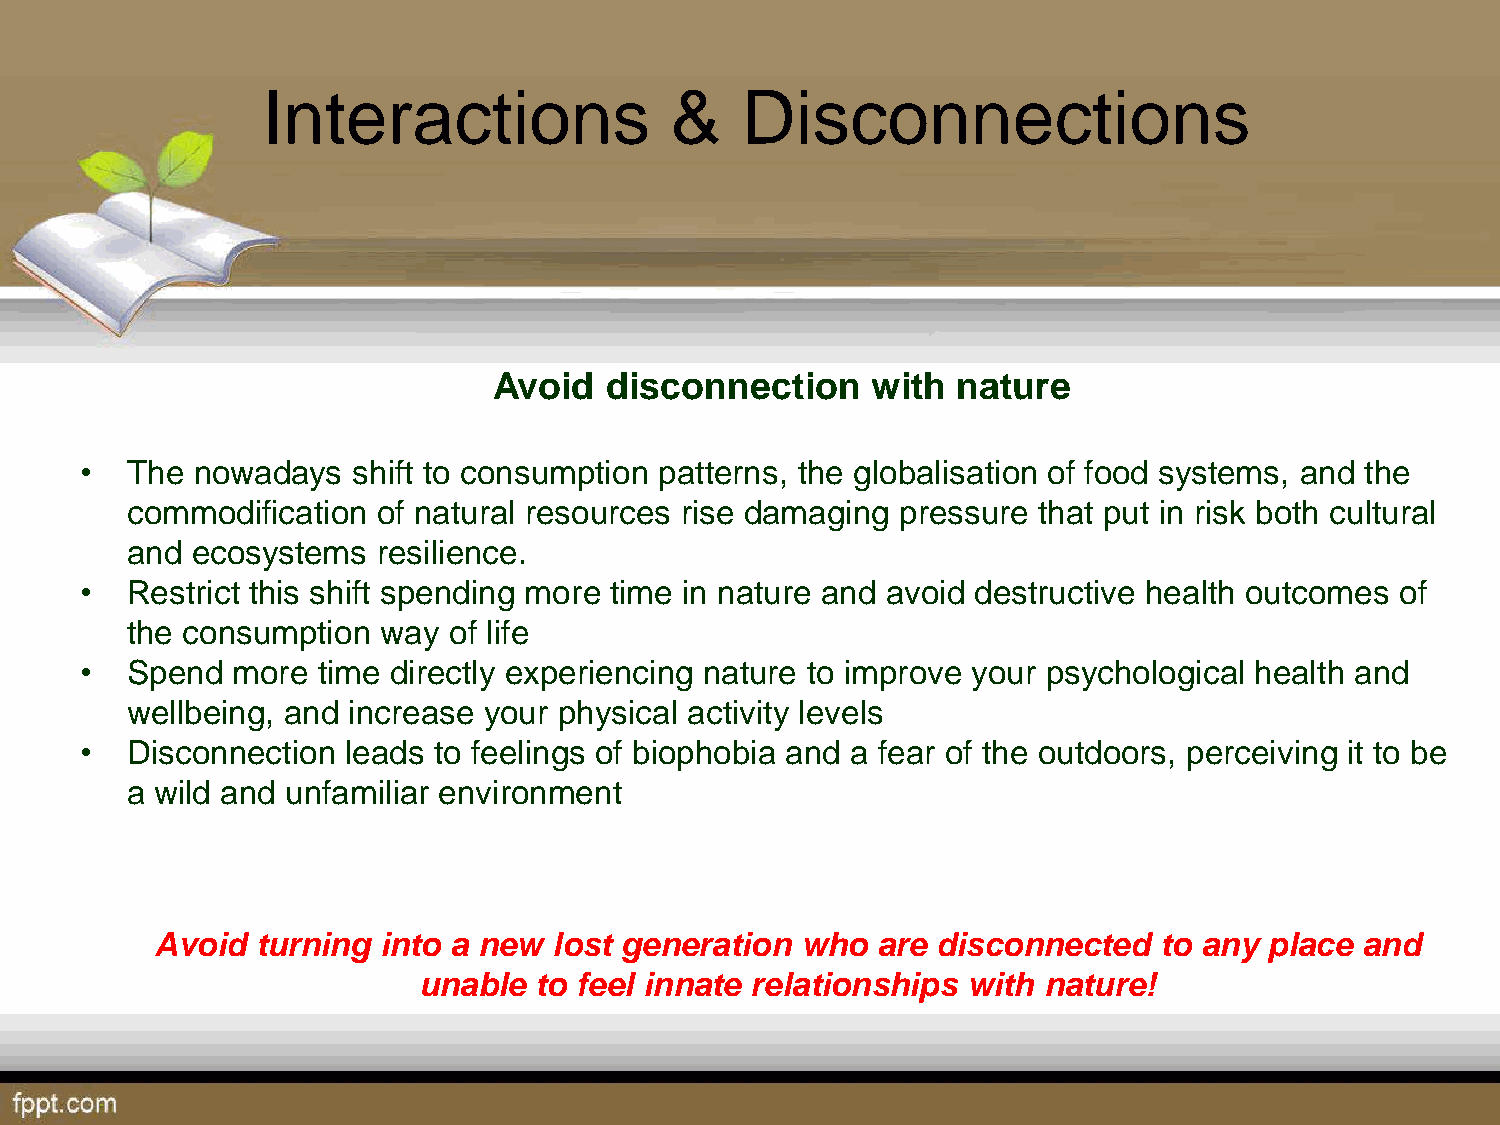
Interactions               &    Disconnections
 Avoid  disconnection     with nature
 •  The  nowadays  shift to consumption patterns, the globalisation of food systems, and the
 commodification  of natural resources rise damaging pressure that put in risk both cultural
 and  ecosystems  resilience.
 •  Restrict this shift spending more time in nature and avoid destructive health outcomes of
 the consumption  way  of life
 •  Spend  more  time directly experiencing nature to improve your psychological health and
 wellbeing, and increase your physical activity levels
 •  Disconnection  leads to feelings of biophobia and a fear of the outdoors, perceiving it to be
 a wild and unfamiliar environment
 Avoid  turning into a new  lost generation who  are disconnected   to any place and
 unable to feel innate relationships with nature!